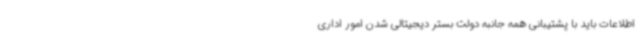
اطلاعات باید با پشتیبانی همه جانبه دولت بستر دیجیتالی شدن امور اداری